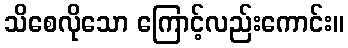
သိစေလိုသော ကြောင့်လည်းကောင်း။